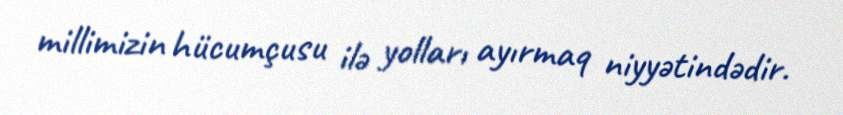
millimizin hücumçusu ilə yolları ayırmaq niyyətindədir.